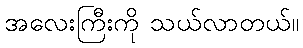
အလေးကြီးကို သယ်လာတယ်။